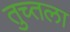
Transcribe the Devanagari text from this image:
तुच्तला